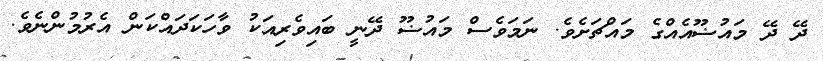
ދޭ ދޭ މައުޟޫއެއްގެ މައްޗަށެވެ. ނަމަވެސް މައުޟޫ ދޭނީ ބައިވެރިއަކު ވާހަކަދައްކަން އެރުމުންނެވެ.